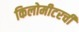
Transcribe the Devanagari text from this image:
किलोमीटरची